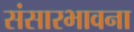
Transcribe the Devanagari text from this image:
संसारभावना